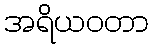
အရိယဝတာ